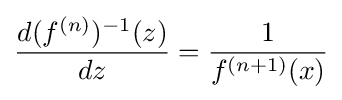
{\frac {d(f^{(n)})^{-1}(z)}{dz}}={\frac {1}{f^{(n+1)}(x)}}